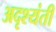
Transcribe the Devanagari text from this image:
अदृश्यंती